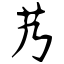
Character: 艿